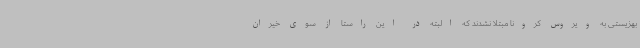
بهزیستی به ویروس کرونا مبتلا نشدند که البته در این راستا از سوی خیران